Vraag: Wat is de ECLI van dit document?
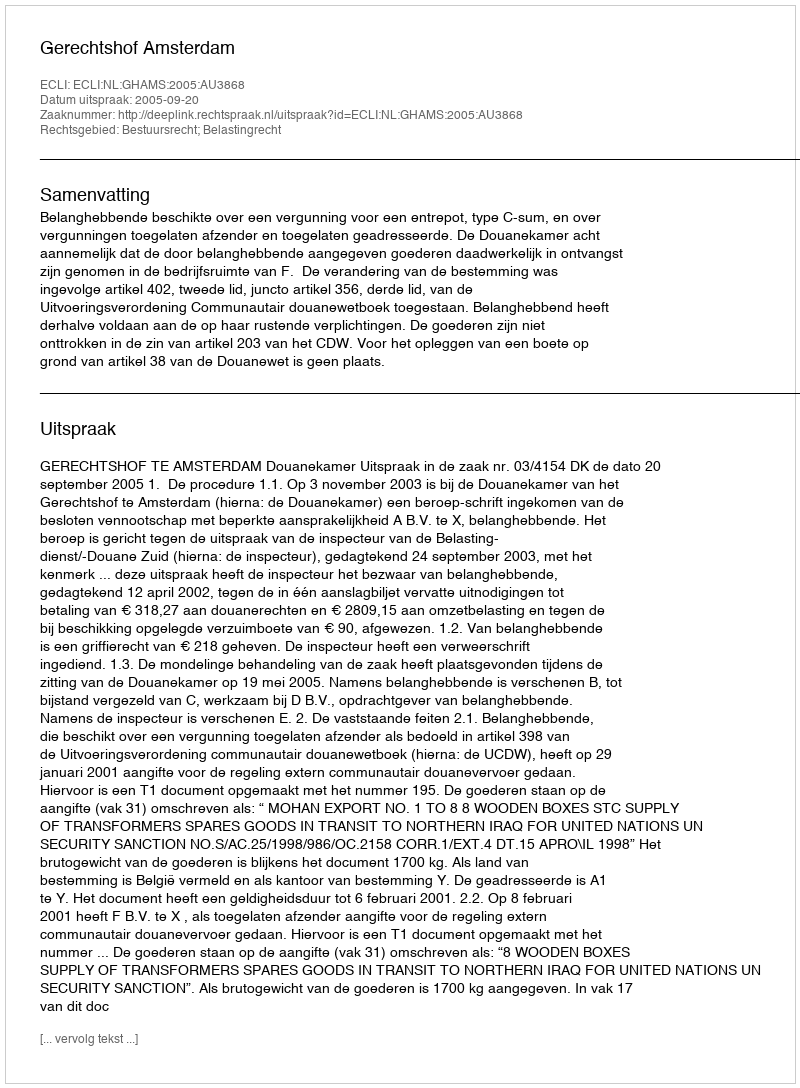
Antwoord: ECLI:NL:GHAMS:2005:AU3868